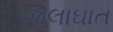
જલાઘાત